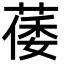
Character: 䔀